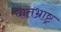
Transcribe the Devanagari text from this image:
वातभ्राष्ट्र